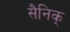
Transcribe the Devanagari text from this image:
सैनिक्